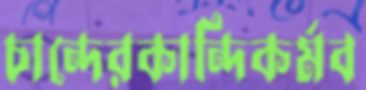
চান্দেরকান্দিকর্মব